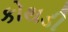
કોથડી